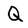
Character: Q